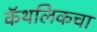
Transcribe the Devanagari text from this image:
कॅथलिकचा